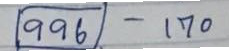
(996) - 170